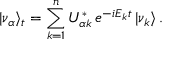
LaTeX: | \nu _ { \alpha } \rangle _ { t } = \sum _ { k = 1 } ^ { n } U _ { { \alpha } k } ^ { * } \, e ^ { - i E _ { k } t } \, | \nu _ { k } \rangle \, .